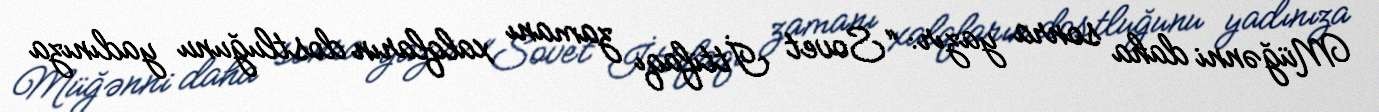
Müğənni daha sonra yazır: “Sovet İttifaqı zamanı xalqların dostluğunu yadınıza